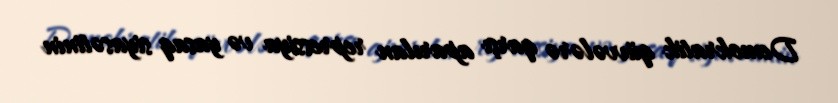
Demokratik qüvvələrə qarşı aparılan repressiya və yasaq siyasətinin